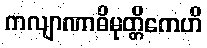
ကလျာဏာဓိမုတ္တိကေဟိ